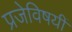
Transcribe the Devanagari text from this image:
प्रजेविषयीं